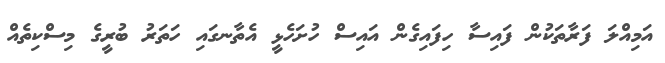
އަމިއްލަ ފަރާތަކުން ފައިސާ ހިފައިގެން އައިސް ހުށަހެޅީ އެތާނގައި ހަތަރު ބުރީގެ މިސްކިތެއް